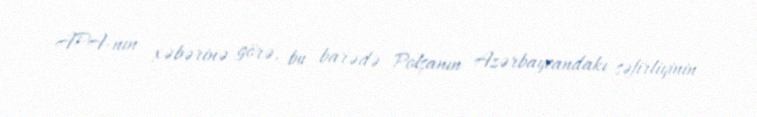
APA-nın xəbərinə görə, bu barədə Polşanın Azərbaycandakı səfirliyinin